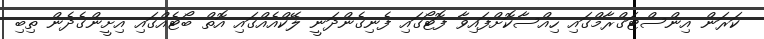
ކަރަން އިންސްޓަގްރާމްގައި ހިއްސާކޮށްފައިވާ ފޮޓޯގައި ފެނިގެންދަނީ ލޭކްއެއްގައި އޮތް ބޯޓެއްގައި އިށީންގެދެން ތިބި